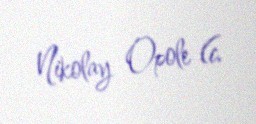
Nikolay Opole (c.